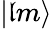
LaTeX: |\mathfrak{l}m\rangle